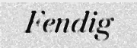
Fendig